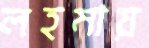
লহমায়